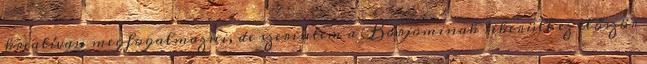
kreatívan megfogalmazni, de szerintem a Borjominak sikerült ez először